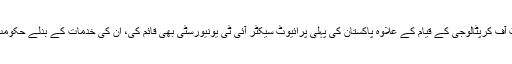
ڈاکٹر تسنیم نے نیشنل یونیورسٹی آف سائنس اینڈ ٹیکنالوجی میں ڈپارٹمنٹ آف کرپٹالوجی کے قیام کے علاوہ پاکستان کی پہلی پرائیوٹ سیکٹر آئی ٹی یونیورسٹی بھی قائم کی، ان کی خدمات کے بدلے حکومت پاکستان نے انھیں ستارہ امتیاز، تمغہ امتیاز اور چاغی میڈل سے نوازا۔